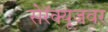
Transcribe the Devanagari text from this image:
सेरॅक्यूजवर